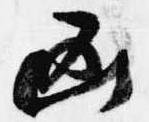
凶